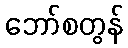
ဘော်စတွန်